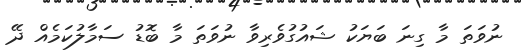
ނުވަތަ މާ ގިނަ ބަޔަކު ޝައުގުވެރިވާ ނުވަތަ މާ ބޮޑު ސަމާލުކަމެއް ދޭ